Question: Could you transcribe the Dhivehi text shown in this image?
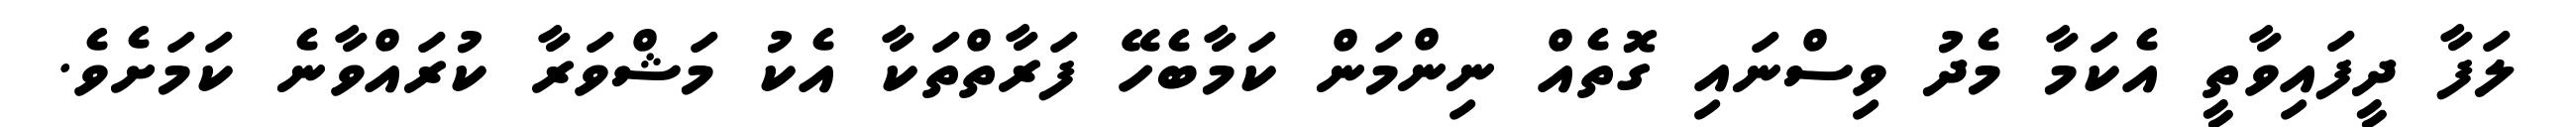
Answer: ލަފާ ދީފައިވާތީ އެކަމާ މެދު ވިސްނައި ގޮތެއް ނިންމަން ކަމާބެހޭ ފަރާތްތަކާ އެކު މަޝްވަރާ ކުރައްވާނެ ކަމަށެވެ.